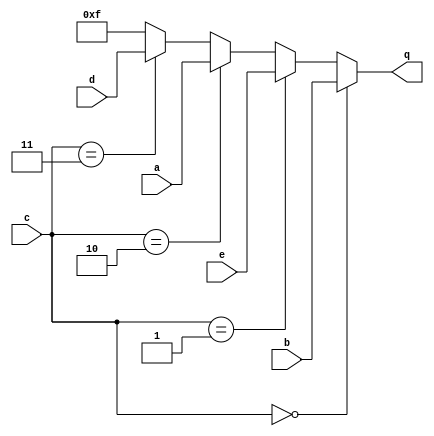
module top_module (
    input [3:0] a,
    input [3:0] b,
    input [3:0] c,
    input [3:0] d,
    input [3:0] e,
    output [3:0] q );

    always @(*)
    begin
        if(c==4'd0)
            q = b;
        else if(c==4'd1)
            q = e;
        else if(c==4'd2)
            q = a;
        else if(c==4'd3)
            q = d;
        else
            q = 4'hf;
    end
endmodule